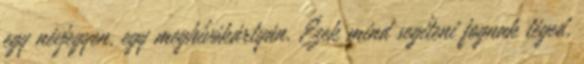
egy névjegyen, egy meghívókártyán. Ezek mind segíteni fognak téged,